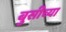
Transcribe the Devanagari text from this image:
बुसीच्या